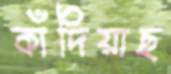
কাঁদিয়াছ